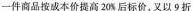
一件商品按成本价提高20%后标价，又以9折